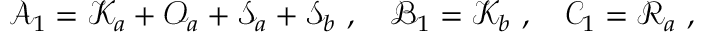
\mathcal { A } _ { 1 } = \mathcal { K } _ { a } + \mathcal { O } _ { a } + \mathcal { S } _ { a } + \mathcal { S } _ { b } \ , \quad \mathcal { B } _ { 1 } = \mathcal { K } _ { b } \ , \quad \mathcal { C } _ { 1 } = \mathcal { R } _ { a } \ ,